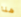
هنا